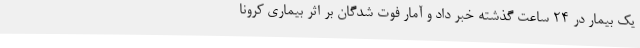
یک بیمار در 24 ساعت گذشته خبر داد و آمار فوت شدگان بر اثر بیماری کرونا